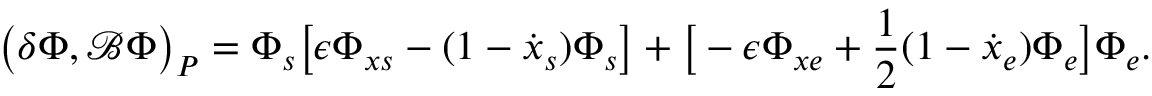
\big ( \boldsymbol { \delta } \boldsymbol { \Phi } , \mathcal { B } \boldsymbol { \Phi } \big ) _ { P } = \Phi _ { s } \big [ \epsilon \Phi _ { x s } - ( 1 - \dot { x } _ { s } ) \Phi _ { s } \big ] + \big [ - \epsilon \Phi _ { x e } + \frac { 1 } { 2 } ( 1 - \dot { x } _ { e } ) \Phi _ { e } \big ] \Phi _ { e } .